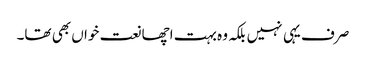
صرف یہی نہیں بلکہ وہ بہت اچھا نعت خواں بھی تھا۔